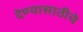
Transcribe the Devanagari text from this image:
देण्यासाठीचे